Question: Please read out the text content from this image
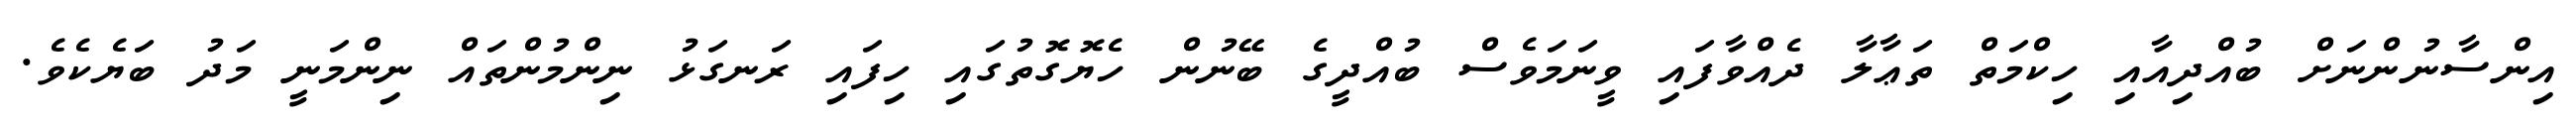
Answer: އިންސާނުންނަށް ބުއްދިއާއި ހިކްމަތް ތަޢާލާ ދެއްވާފައި ވީނަމަވެސް ބުއްދީގެ ބޭނުން ހެޔޮގޮތުގައި ހިފައި ރަނގަޅު ނިންމުންތައް ނިންމަނީ މަދު ބަޔެކެވެ.